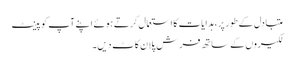
متبادل کے طور پر ، ہدایات کا استعمال کرتے ہوئے اپنے آپ کو پینٹ
لکیروں کے ساتھ فرش پلان کاٹ دیں۔